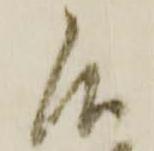
候